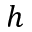
h